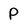
Character: P